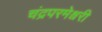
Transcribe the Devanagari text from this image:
चंद्रपरमेश्वरी